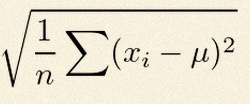
\sigma=\sqrt{\frac1n\sum(x_i-\mu)^2}